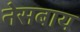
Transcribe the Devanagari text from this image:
नेसबाय